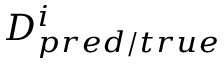
D _ { p r e d / t r u e } ^ { i }